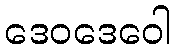
ဒေဝဒေဝေါ